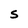
Character: s